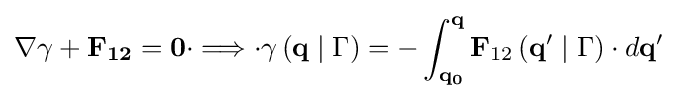
\nabla \mathbf {\gamma +F_{12}=0} \cdot \Longrightarrow \cdot \gamma \left(\mathbf {q} \mid \Gamma \right)=-\int _{\mathbf {q_{0}} }^{\mathbf {q} }\mathbf {F} _{12}\left(\mathbf {q'} \mid \Gamma \right)\cdot d\mathbf {q'}